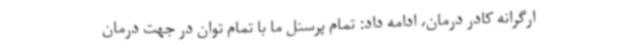
ارگرانه کادر درمان، ادامه داد: تمام پرسنل ما با تمام توان در جهت درمان